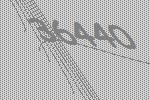
36440